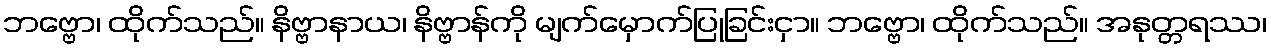
ဘဗ္ဗော၊ ထိုက်သည်။ နိဗ္ဗာနာယ၊ နိဗ္ဗာန်ကို မျက်မှောက်ပြုခြင်းငှာ။ ဘဗ္ဗော၊ ထိုက်သည်။ အနုတ္တရဿ၊